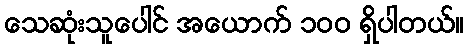
သေဆုံးသူပေါင် အယောက် ၁၀၀ ရှိပါတယ်။